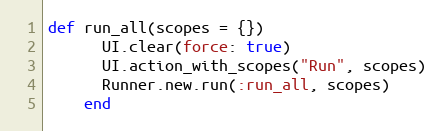
Language: Ruby
def run_all(scopes = {})
      UI.clear(force: true)
      UI.action_with_scopes("Run", scopes)
      Runner.new.run(:run_all, scopes)
    end